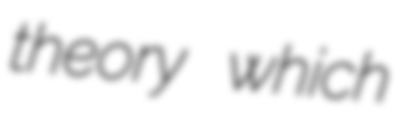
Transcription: theory which